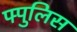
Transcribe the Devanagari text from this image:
फ्पुलिस